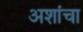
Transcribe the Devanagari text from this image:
अशांचा